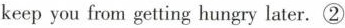
keep you from getting hungry later.②